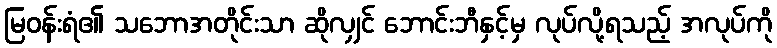
မြဝန်းရံ၏ သဘောအတိုင်းသာ ဆိုလျှင် ဘောင်းဘီနှင့်မှ လုပ်လို့ရသည့် အလုပ်ကို